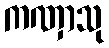
ကဏှာသု